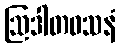
ဩဒါတဝသနံ